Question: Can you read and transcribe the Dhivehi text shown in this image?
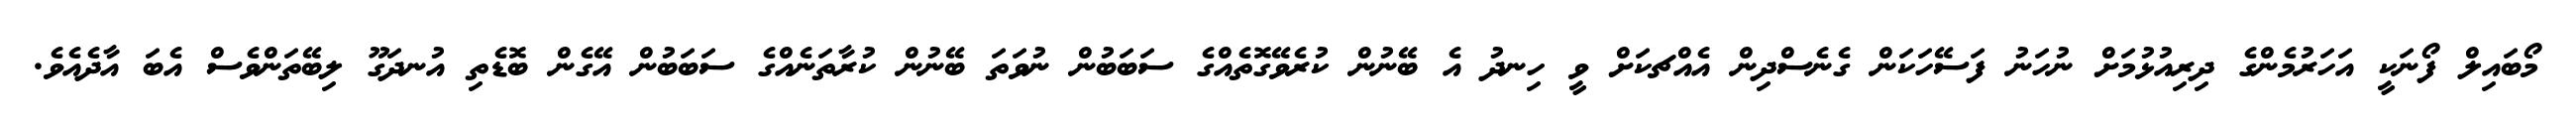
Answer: މޯބައިލް ފޯނަކީ އަހަރުމެންގެ ދިރިއުޅުމަށް ނުހަނު ފަސޭހަކަން ގެނެސްދިން އެއްޗކަށް ވީ ހިނދު އެ ބޭނުން ކުރެވޭގޮތެއްގެ ސަބަބުން ނުވަތަ ބޭނުން ކުރާތަނެއްގެ ސަބަބުން އޭގެން ބޮޑެތި އުނދަގޫ ލިބޭތަންވެސް އެބަ އާދެއެވެ.